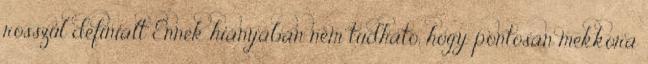
rosszul definiált Ennek hiányában nem tudható, hogy pontosan mekkora